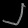
Digit: ၂